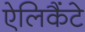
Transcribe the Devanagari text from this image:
ऐलिकैंटे